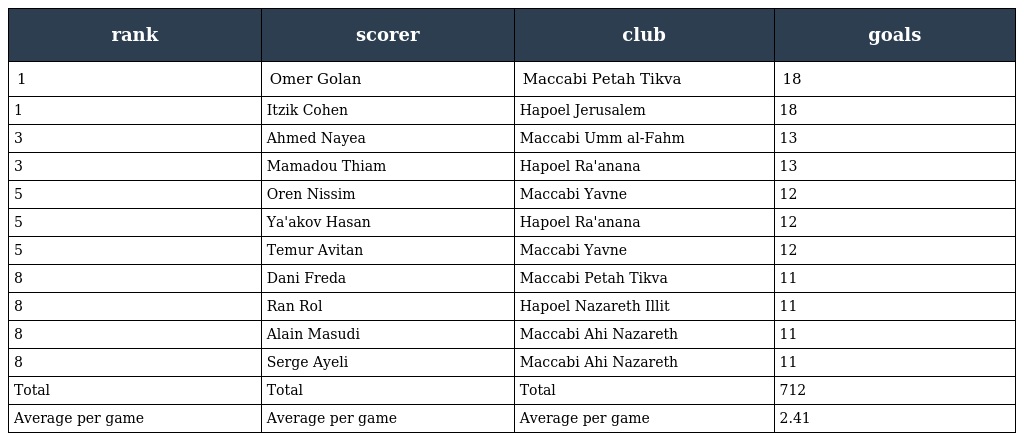
| rank | scorer | club | goals |
 | --- | --- | --- | --- |
 | 1 | Omer Golan | Maccabi Petah Tikva | 18 |
 | 1 | Itzik Cohen | Hapoel Jerusalem | 18 |
 | 3 | Ahmed Nayea | Maccabi Umm al-Fahm | 13 |
 | 3 | Mamadou Thiam | Hapoel Ra'anana | 13 |
 | 5 | Oren Nissim | Maccabi Yavne | 12 |
 | 5 | Ya'akov Hasan | Hapoel Ra'anana | 12 |
 | 5 | Temur Avitan | Maccabi Yavne | 12 |
 | 8 | Dani Freda | Maccabi Petah Tikva | 11 |
 | 8 | Ran Rol | Hapoel Nazareth Illit | 11 |
 | 8 | Alain Masudi | Maccabi Ahi Nazareth | 11 |
 | 8 | Serge Ayeli | Maccabi Ahi Nazareth | 11 |
 | Total | Total | Total | 712 |
 | Average per game | Average per game | Average per game | 2.41 |